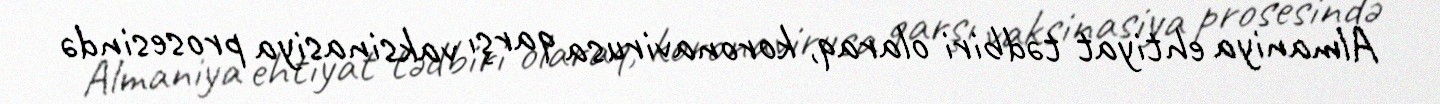
Almaniya ehtiyat tədbiri olaraq, koronavirusa qarşı vaksinasiya prosesində